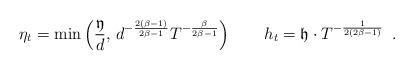
LaTeX: \begin{align*} \eta_t =\min\left(\frac{\mathfrak{y}}{d},\, d^{-\frac{2(\beta-1)}{2\beta-1}}T^{-\frac{\beta}{2\beta-1}}\right) \qquad h_t = \mathfrak{h}\cdot T^{-\frac{1}{2(2\beta-1)}} \enspace.\end{align*}